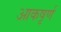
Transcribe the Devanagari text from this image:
आकषृर्ण